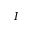
I